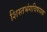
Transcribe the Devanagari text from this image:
शिस्तभंगविषयक